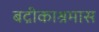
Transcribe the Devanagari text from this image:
बद्रीकाश्रमास